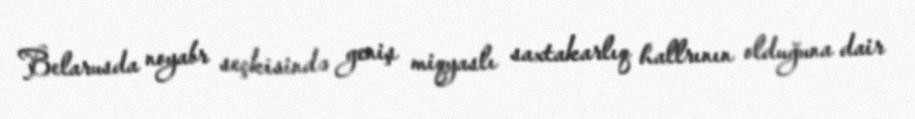
Belarusda noyabr seçkisində geniş miqyaslı saxtakarlıq hallrının olduğuna dair